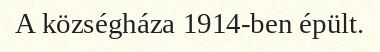
A községháza 1914-ben épült.